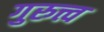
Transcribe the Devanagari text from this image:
गुरुत्त्व